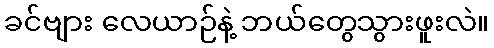
ခင်ဗျား လေယာဉ်နဲ့ ဘယ်တွေသွားဖူးလဲ။